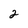
Character: 2